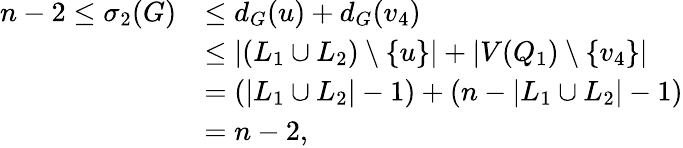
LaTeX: \begin{array}{rl}{n-2\leq\sigma_{2}(G)}&{\leq d_{G}(u)+d_{G}(v_{4})}\\ &{\leq|(L_{1}\cup L_{2})\setminus\{ u\} |+|V(Q_{1})\setminus\{ v_{4}\} |}\\ &{=(|L_{1}\cup L_{2}|-1)+(n-|L_{1}\cup L_{2}|-1)}\\ &{=n-2,}\end{array}